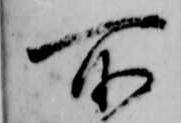
所